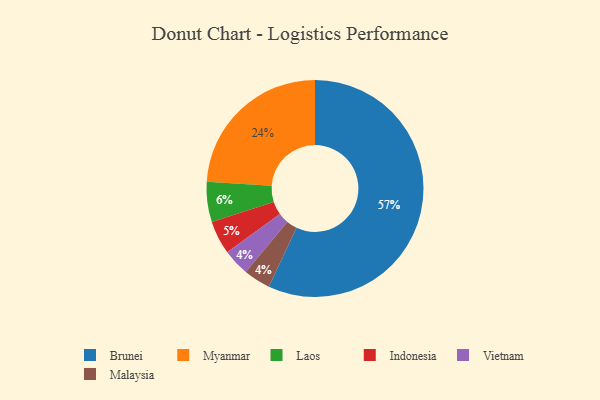
{"axis": {"x": "Category", "y": "Percentage"}, "legend": ["Brunei", "Indonesia", "Laos", "Malaysia", "Myanmar", "Vietnam"], "data": [{"x": "Myanmar", "y": 24, "type": "Myanmar"}, {"x": "Indonesia", "y": 5, "type": "Indonesia"}, {"x": "Brunei", "y": 57, "type": "Brunei"}, {"x": "Laos", "y": 6, "type": "Laos"}, {"x": "Vietnam", "y": 4, "type": "Vietnam"}, {"x": "Malaysia", "y": 4, "type": "Malaysia"}]}